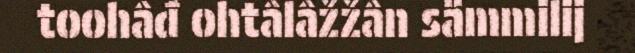
toohâđ ohtâlâžžân sämmilij